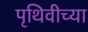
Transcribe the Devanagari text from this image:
पृथिवीच्या